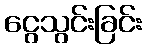
ငွေသွင်းခြင်း